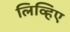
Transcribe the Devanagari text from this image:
लिव्हिए